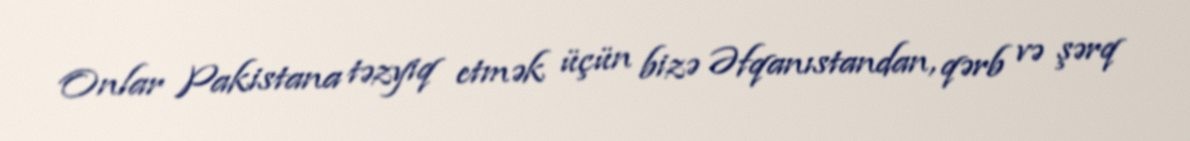
Onlar Pakistana təzyiq etmək üçün bizə Əfqanıstandan, qərb və şərq